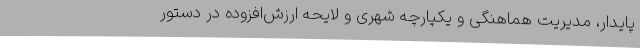
پایدار، مدیریت هماهنگی و یکپارچه شهری و لایحه ارزش‌افزوده در دستور